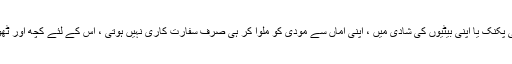
وائٹ ہاؤس میں پوری فیملی کی پکنک یا اپنی بیٹیوں کی شادی میں ، اپنی اماں سے مودی کو ملوا کر ہی صرف سفارت کاری نہیں ہوتی ، اس کے لئے کچھ اور ٹھوس اقدامات کر نے پڑتے ہیں ۔